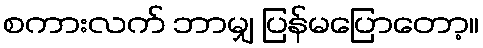
စကားလက် ဘာမျှ ပြန်မပြောတော့။